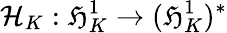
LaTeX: \mathcal{H}_{K}:\mathfrak{H}_{K}^{1}\to(\mathfrak{H}_{K}^{1})^{*}